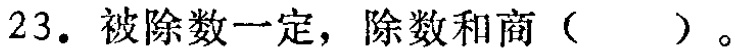
23. 被除数一定，除数和商（  ）。